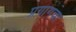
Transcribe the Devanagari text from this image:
प्रगागचा